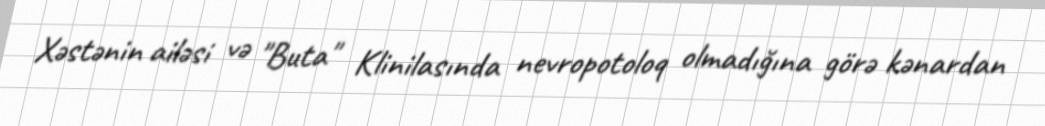
Xəstənin ailəsi və "Buta" Klinilasında nevropotoloq olmadığına görə kənardan